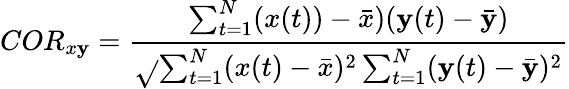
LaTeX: COR_{x\mathbf{y}}=\frac{{\sum_{t=1}^{N}(x(t))-\bar{{x}})(\mathbf{y}(t)-\bar{{\mathbf{y}}})}}{{\sqrt{}{{\sum_{t=1}^{N}(x(t)-\bar{{x}})^{2}\sum_{t=1}^{N}(\mathbf{y}(t)-\bar{{\mathbf{y}}})^{2}}}}}